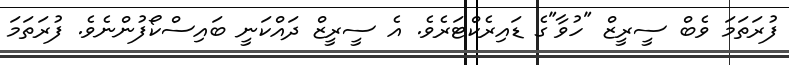
ފުރަތަމަ ވެބް ސީރީޒް "ހުވާ"ގެ ޑައިރެކްޓަރެވެ. އެ ސީރީޒް ދައްކަނީ ބައިސްކޯފުންނެވެ. ފުރަތަމަ